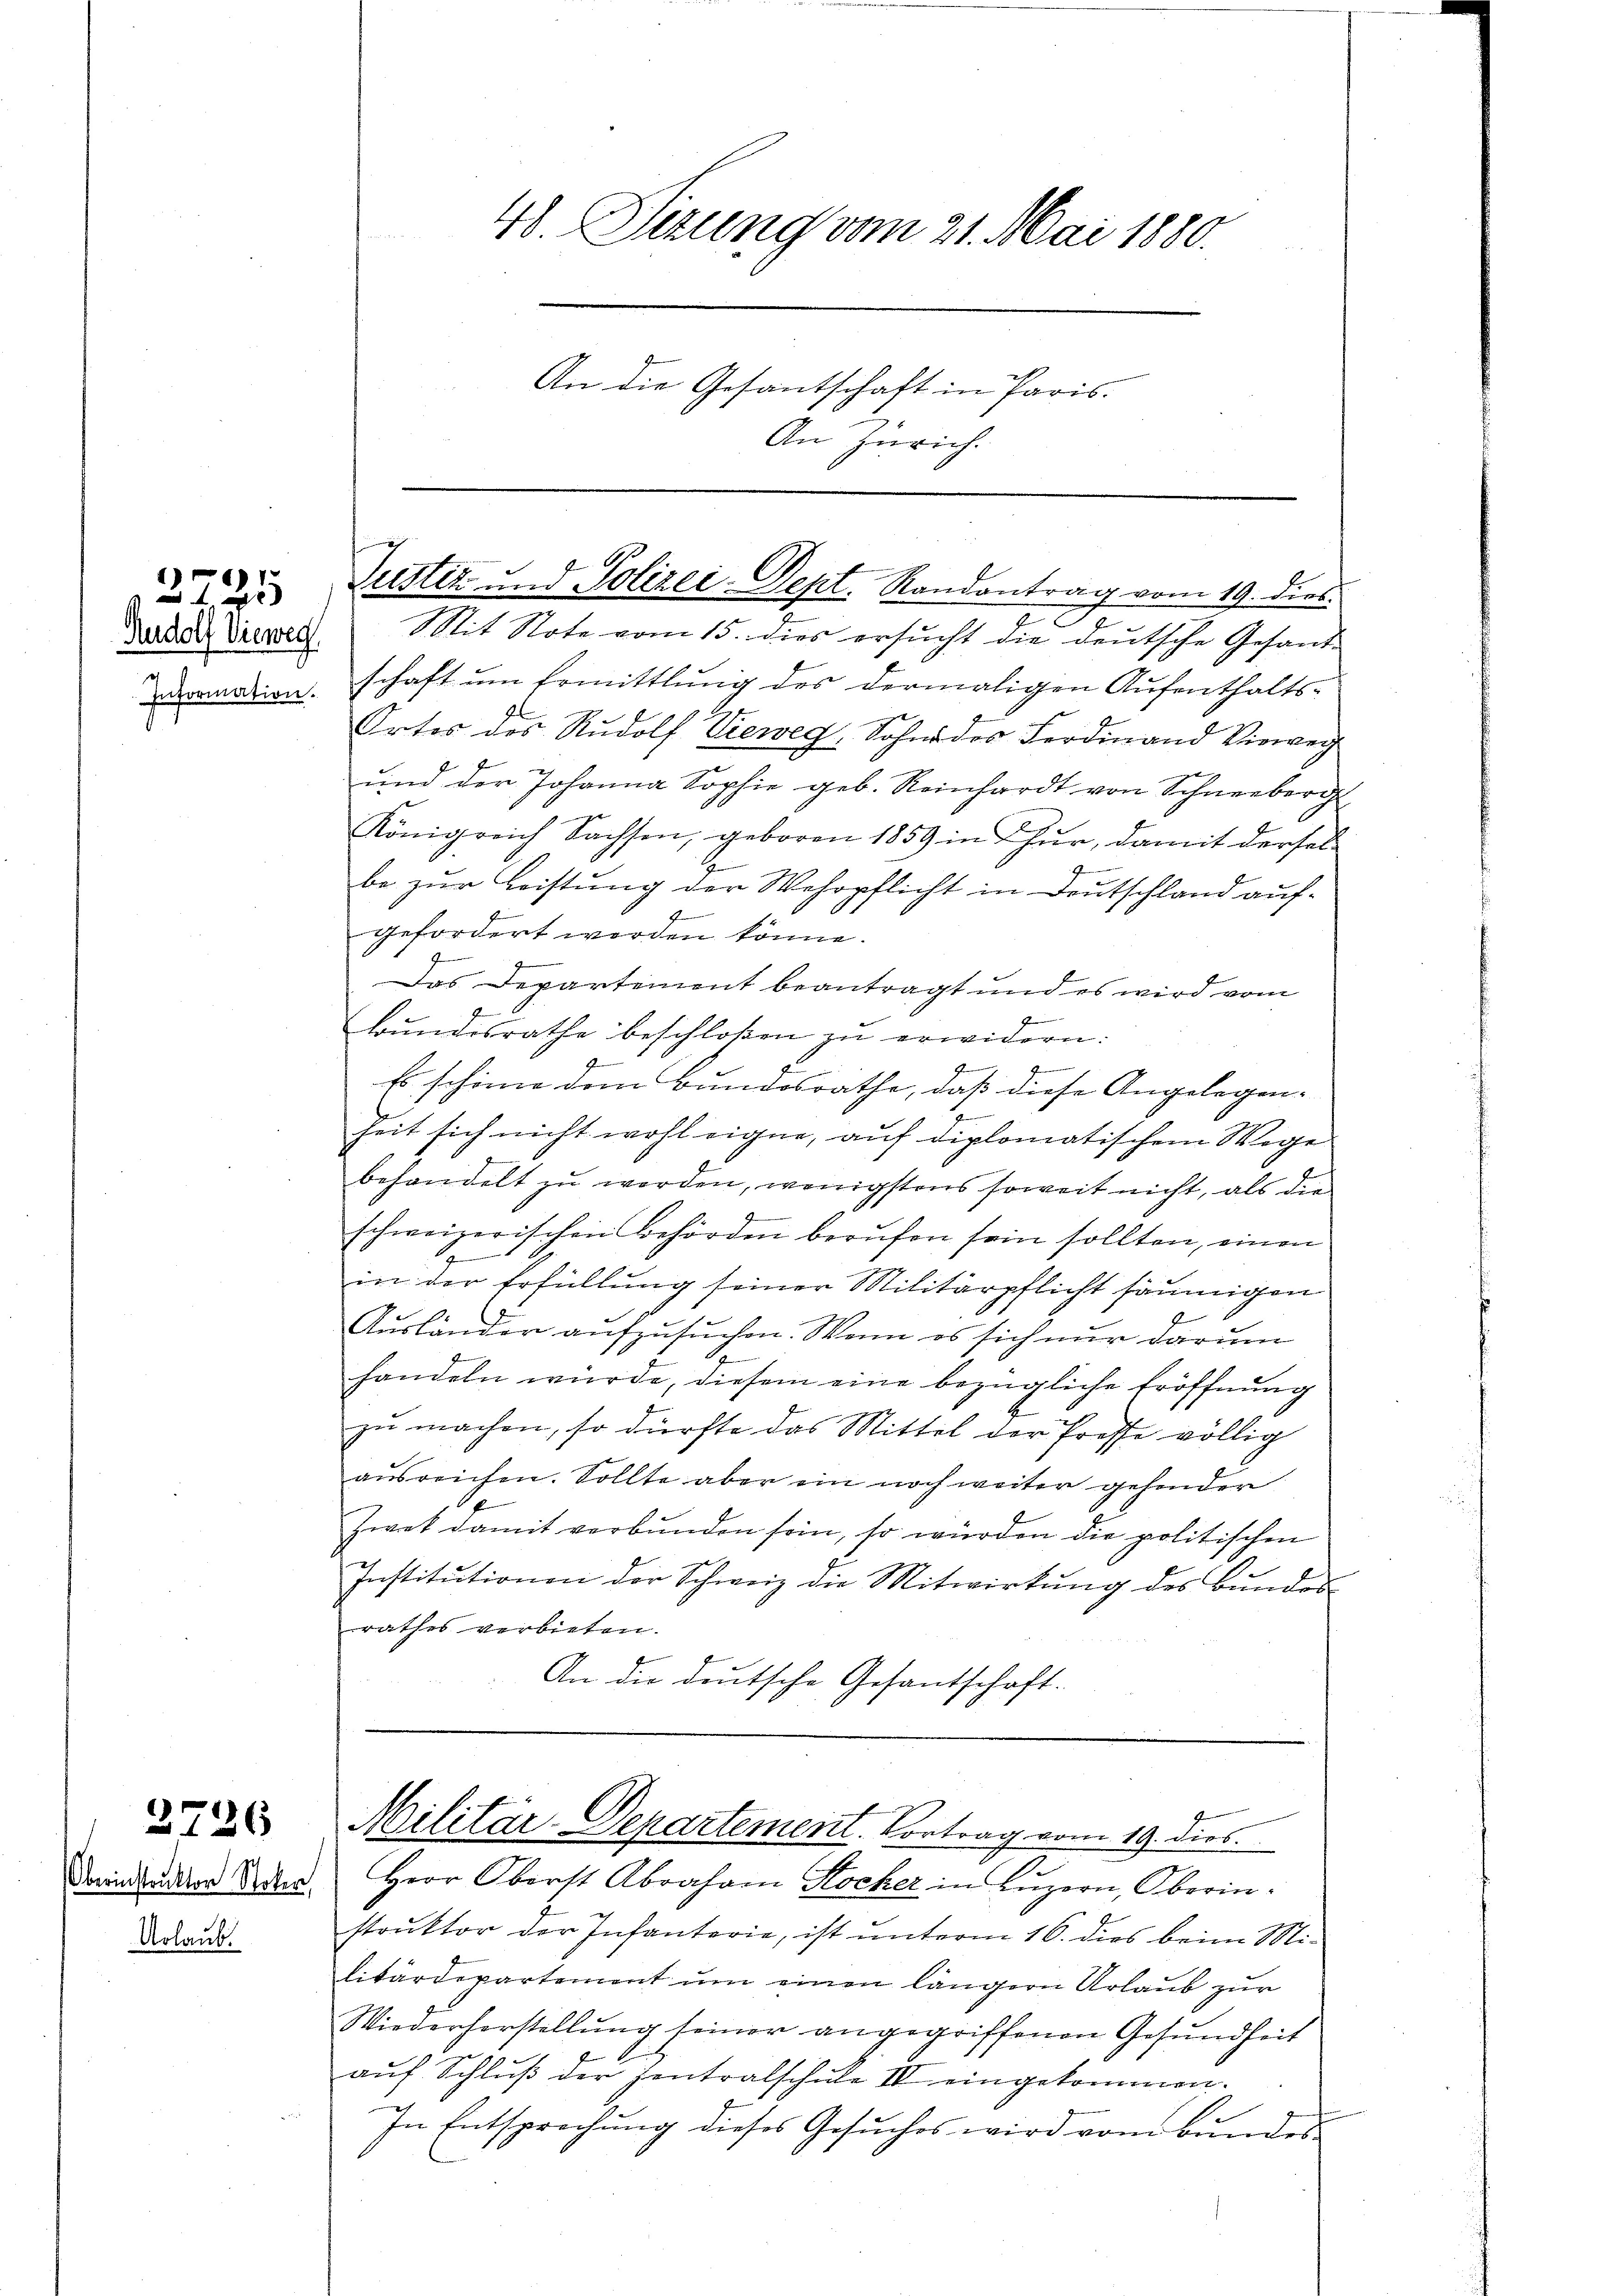
Rudolf Vieweg
Information.

1

2726

Urlaub.

Mit Note vom 15. dies ersucht die deutsche Gesandschaft um Ermittlung des dermaligen Aufenthalts¬
Ortes des Rudolf Vieweg, Sohne des Ferdinand Viewei
und der Johanna Sophie geb. Reinhardt von Schneeberg
Königreich Sachsen, geboren 1859 in Hŭr, damit dersel-
2.
be zur Leistung der Wehrpflicht in Deutschland auf¬
J
gefordert worden könne.
Das Departement beantragt und es wird vom
b
bŭndesrathe beschloßen zŭ erwidern:
2
Ge
Es schöne dem Bundesrathe, daß diese Angelegen-
E
Zeit sich nicht wohl eigne, auf diplomatischem Wege
behandelt zu werden, wenigstens soweit nicht, als die
schweizerischen Behörden berufen sein sollten, einen
g
in der Erfüllung seiner Militärpflicht säumigen
Ausländer aufzusuchen. Wenn es sich nur darum
handeln würde, diesem eine bezügliche Eröffnung
zŭ machen, so dürfte das Mittel der Prosse völlig
ausreichen. Sollte aber ein noch weiter gehender
Zwek damit verbunden sein, so würden die politischen
Institutionen der Schweiz die Mitwirkung des Bunden
rathes verbieten.
An die deutsche Gesantschaft.

48. Sizung vom 21. Mai 1880.
An die Gesantschaft in Paris.
An Zürich.

Justiz und Polizei-Dept. Randantrag vom 19. dies

Dainunter die Herr Oberst Abraham Kocher in Lŭzern, Oberin.
struktor der Infanterie, ist unterm 16. dies beim Militärdepartement um einen längern Urlaub zur
Wiederhorstellung seiner angegriffenen Gesundheit
auf Schluß der Zentralschule IV eingekommen.
In Entsprechung dieses Gesuches wird vom Bundes

Militär-Departement. Vortrag vom 19. dies